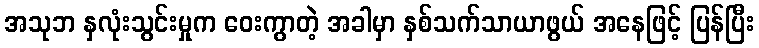
အသုဘ နှလုံးသွင်းမှုက ဝေးကွာတဲ့ အခါမှာ နှစ်သက်သာယာဖွယ် အနေဖြင့် ပြန်ပြီး